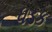
ધડક